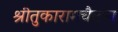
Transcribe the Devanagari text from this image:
श्रीतुकारामचैतन्य